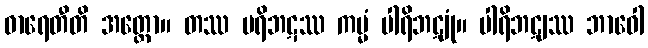
ဓာရေတီတိ အတ္ထော။ တဿ ပရိဘဋဿ ကမ္မံ ပါရိဘဋျုံ။ ပါရိဘဋျဿ ဘာဝေါ